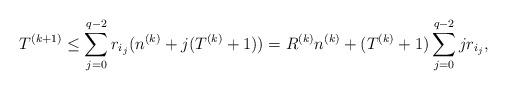
LaTeX: \begin{align*}T^{(k+1)}\leq \sum_{j=0}^{q-2}r_{i_j} (n^{(k)}+j (T^{(k)}+1))=R^{(k)}n^{(k)}+(T^{(k)}+1)\sum_{j=0}^{q-2}j r_{i_j},\end{align*}